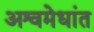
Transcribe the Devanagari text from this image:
अश्वमेधांत